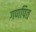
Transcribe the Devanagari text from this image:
गणपित